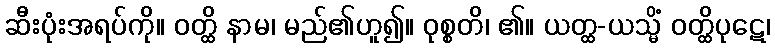
ဆီးပုံးအရပ်ကို။ ဝတ္ထိ နာမ၊ မည်၏ဟူ၍။ ဝုစ္စတိ၊ ၏။ ယတ္ထ-ယသ္မိံ ဝတ္ထိပုဋေ၊